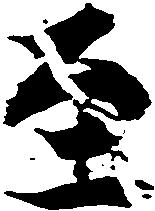
至